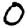
Digit: 0